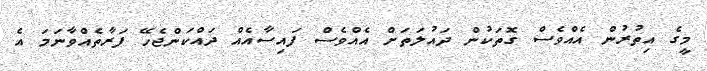
މީގެ އިތުރުން އެއްވެސް ގޮތަކުން ދައުލަތަށް އެއްވެސް ފައިސާއެއް ދައްކަންޖެހޭ ފަރާތެއްވާނަމަ އެ